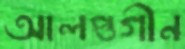
আলপ্তগীন